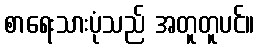
စာရေးသားပုံသည် အတူတူပင်။